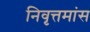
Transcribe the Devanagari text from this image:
निवृत्तमांस